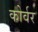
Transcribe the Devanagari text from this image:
कोर्वर